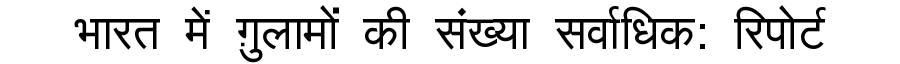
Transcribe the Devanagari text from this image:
भारत में ग़ुलामों की संख्या सर्वाधिक: रिपोर्ट